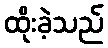
ထိုးခဲ့သည်